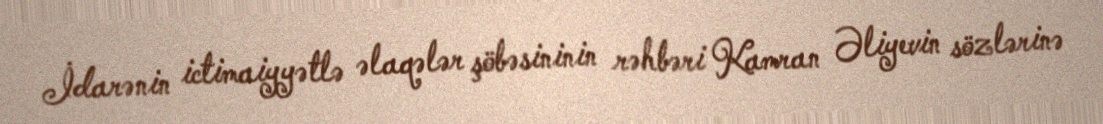
İdarənin ictimaiyyətlə əlaqələr şöbəsininin rəhbəri Kamran Əliyevin sözlərinə